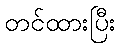
တင်ထားပြီး